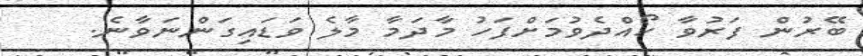
ބޭރުން ފަރުވާ ހޯއްދެވުމަށްފަހު މާދަމާ މާލެ ވަޑައިގަންނަވާނެ.